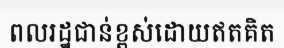
ពលរដ្ឋជាន់ខ្ពស់ដោយឥតគិត